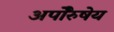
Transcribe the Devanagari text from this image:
अपाेेैरुषेय